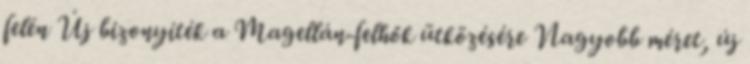
felén Új bizonyíték a Magellán-felhők ütközésére Nagyobb méret, új